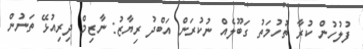
ފުލުހުން ކުރާ ތުހުމަތު ގަބޫލެއް ނުކުރަން އަބްދު ރިޔާޒު: ނާޒިމް ދިރިއުޅޭ ތަނުން